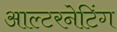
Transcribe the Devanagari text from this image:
आल्टरनेटिंग